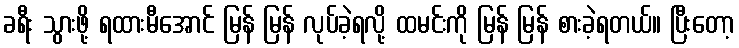
ခရီး သွားဖို့ ရထားမီအောင် မြန် မြန် လုပ်ခဲ့ရလို့ ထမင်းကို မြန် မြန် စားခဲ့ရတယ်။ ပြီးတော့